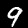
Digit: 9